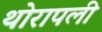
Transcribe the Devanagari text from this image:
थोरापली